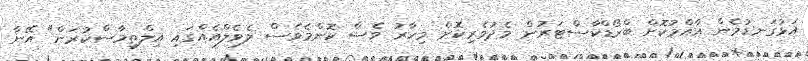
އަޅުގަނޑުމެން އާއްމުކޮށް ބްރޯޑްކާސްޓަރުން މެދުވެރިކޮށް މިހާރު ވެސް ކޮންމެވެސް ލެވެލްއެއްގައި އިލްތިމާސްކުރަން" އޭނާ